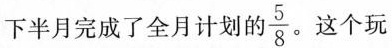
下半月完成了全月计划的\frac{5}{8}。这个玩